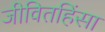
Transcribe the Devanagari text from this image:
जीवितहिंसा